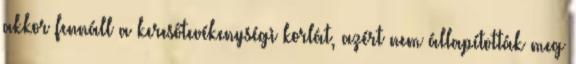
akkor fennáll a keresőtevékenységi korlát, azért nem állapították meg